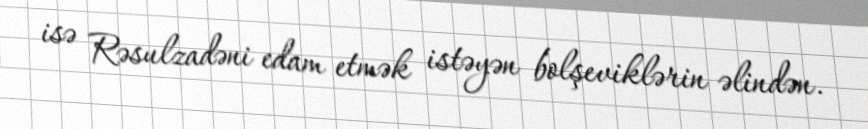
isə Rəsulzadəni edam etmək istəyən bolşeviklərin əlindən.